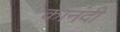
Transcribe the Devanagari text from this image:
कानंदी